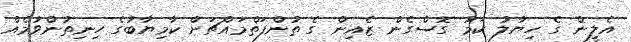
އެލީން ގެ ހިޔާލު ކަމު ގޮސްގެން ޒެއިން ގެ ތުންފަތްމައްޗަށް ކާމިޔާބުގެ ހިނިތުންވުމެއް